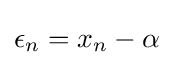
\epsilon _{n}=x_{n}-\alpha